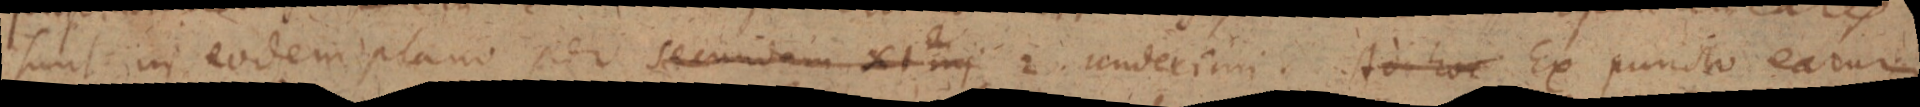
sunt in eodem plano per secundam XI mj 2. underim. Ad hoc Ex puncto earum